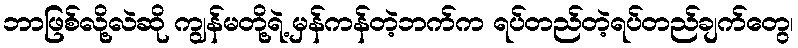
ဘာဖြစ်လို့လဲဆို ကျွန်မတို့ရဲ့ မှန်ကန်တဲ့ဘက်က ရပ်တည်တဲ့ရပ်တည်ချက်တွေ၊